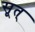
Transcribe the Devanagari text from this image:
सूत्